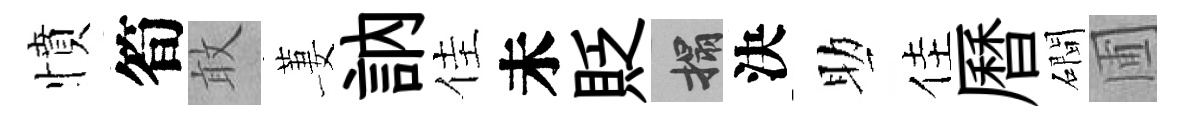
憤筍敢萋訥佳未貶搨決助佳曆磵圃